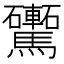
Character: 𩧕